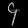
Digit: ၄